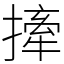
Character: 撁